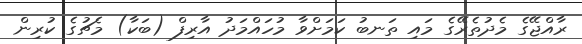
ރާއްޖޭގެ މެދުތެރޭގެ މައި ތަނބު ކަމަށްވާ މުހައްމަދު އާރިފް (ބަކާ) މެޗުގެ ކުރިން